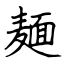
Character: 麺